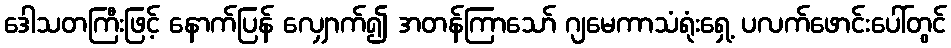
ဒေါသတကြီးဖြင့် နောက်ပြန် လျှောက်၍ အတန်ကြာသော် ဂျမေကာသံရုံးရှေ့ ပလက်ဖောင်းပေါ်တွင်